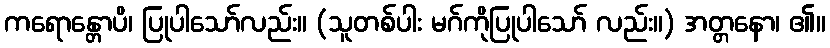
ကရောန္တောပိ၊ ပြုပါသော်လည်း။ (သူတစ်ပါး မဂ်ကိုပြုပါသော် လည်း။) အတ္တနော၊ ၏။